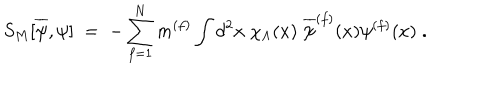
S _ { M } [ \overline { { { \psi } } } , \psi ] \; = \; - \sum _ { f = 1 } ^ { N } m ^ { ( f ) } \int d ^ { 2 } x \; \chi _ { \Lambda } ( x ) \; \overline { { { \psi } } } ^ { ( f ) } ( x ) \psi ^ { ( f ) } ( x ) \; .